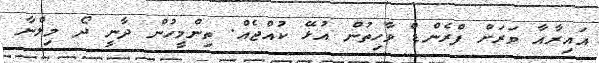
އައިރާއާ ވަރަށް ފްރެންޑް ވާހިތުން އުޅޭ ކުއްޖެއް. ތިންމީހުން ދާނީ ދޯ މިލްނާ